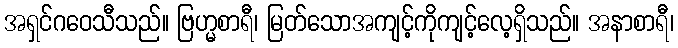
အရှင်ဂဝေသီသည်။ ဗြဟ္မစာရီ၊ မြတ်သောအကျင့်ကိုကျင့်လေ့ရှိသည်။ အနာစာရီ၊